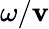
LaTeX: \omega/\mathbf{v}